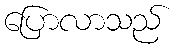
ပြောလာသည်